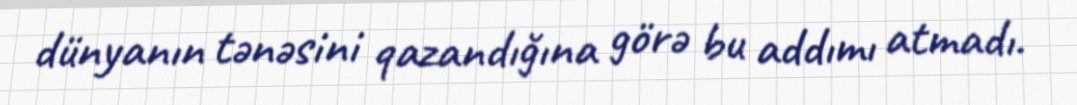
dünyanın tənəsini qazandığına görə bu addımı atmadı.